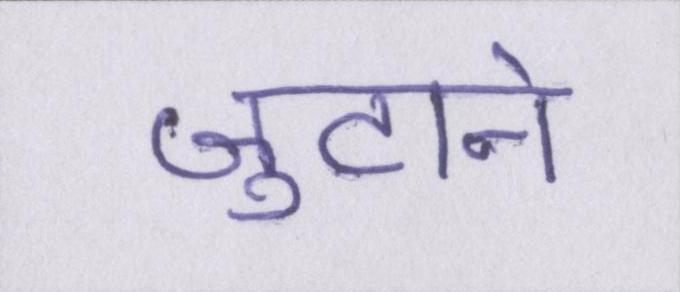
जुटाने